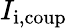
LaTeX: I_{\mathrm{i,coup}}